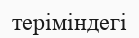
теріміндегі